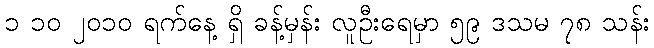
၁ ၁၀ ၂၀၁၀ ရက်နေ့ ရှိ ခန့်မှန်း လူဦးရေမှာ ၅၉ ဒသမ ၇၈ သန်း